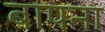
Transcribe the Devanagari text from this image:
बापना